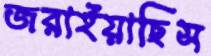
জরাইয়াছিস